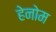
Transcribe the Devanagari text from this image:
हेनोम